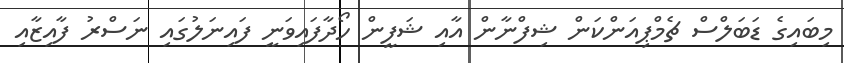
މިބައިގެ ޑަބަލްސް ޗެމްޕިއަންކަން ޝިފްނާން އާއި ޝަފީން ހޯދާފައިވަނީ ފައިނަލުގައި ނަސްރު ފާއިޒާއި